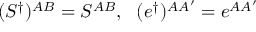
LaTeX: ( S ^ { \dag } ) ^ { A B } = S ^ { A B } , \ \ ( e ^ { \dag } ) ^ { A A ^ { \prime } } = e ^ { A A ^ { \prime } }